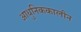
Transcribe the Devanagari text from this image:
आधुनिककालीन